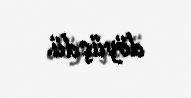
döyüşdü.